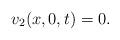
LaTeX: \begin{align*} { v_2} (x,0,t) = 0.\end{align*}